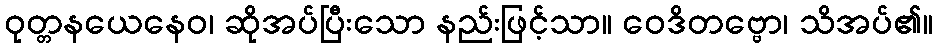
ဝုတ္တနယေနေဝ၊ ဆိုအပ်ပြီးသော နည်းဖြင့်သာ။ ဝေဒိတဗ္ဗော၊ သိအပ်၏။